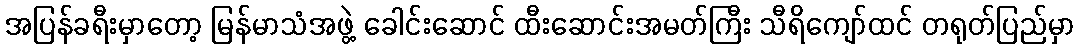
အပြန်ခရီးမှာတော့ မြန်မာသံအဖွဲ့ ခေါင်းဆောင် ထီးဆောင်းအမတ်ကြီး သီရိကျော်ထင် တရုတ်ပြည်မှာ